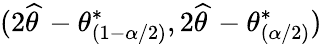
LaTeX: (2{\widehat{\theta\, }}-\theta_{(1-\alpha/2)}^{*},2{\widehat{\theta\, }}-\theta_{(\alpha/2)}^{*})